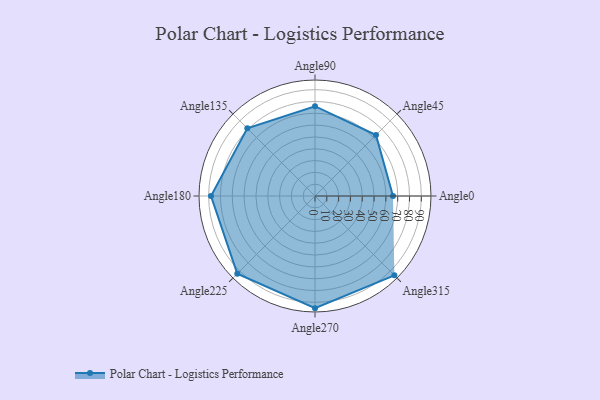
{"axis": {"x": "Angle", "y": "Radius"}, "legend": [""], "data": [{"x": "Angle0", "y": 66.0, "type": ""}, {"x": "Angle45", "y": 73.0, "type": ""}, {"x": "Angle90", "y": 76.0, "type": ""}, {"x": "Angle135", "y": 81.0, "type": ""}, {"x": "Angle180", "y": 88.0, "type": ""}, {"x": "Angle225", "y": 93.0, "type": ""}, {"x": "Angle270", "y": 95.0, "type": ""}, {"x": "Angle315", "y": 95.0, "type": ""}]}